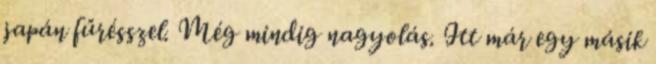
japán fűrésszel. Még mindig nagyolás. Itt már egy másik